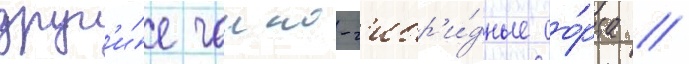
друг'и́е чаино-г'ибр'и́дные со́рта //